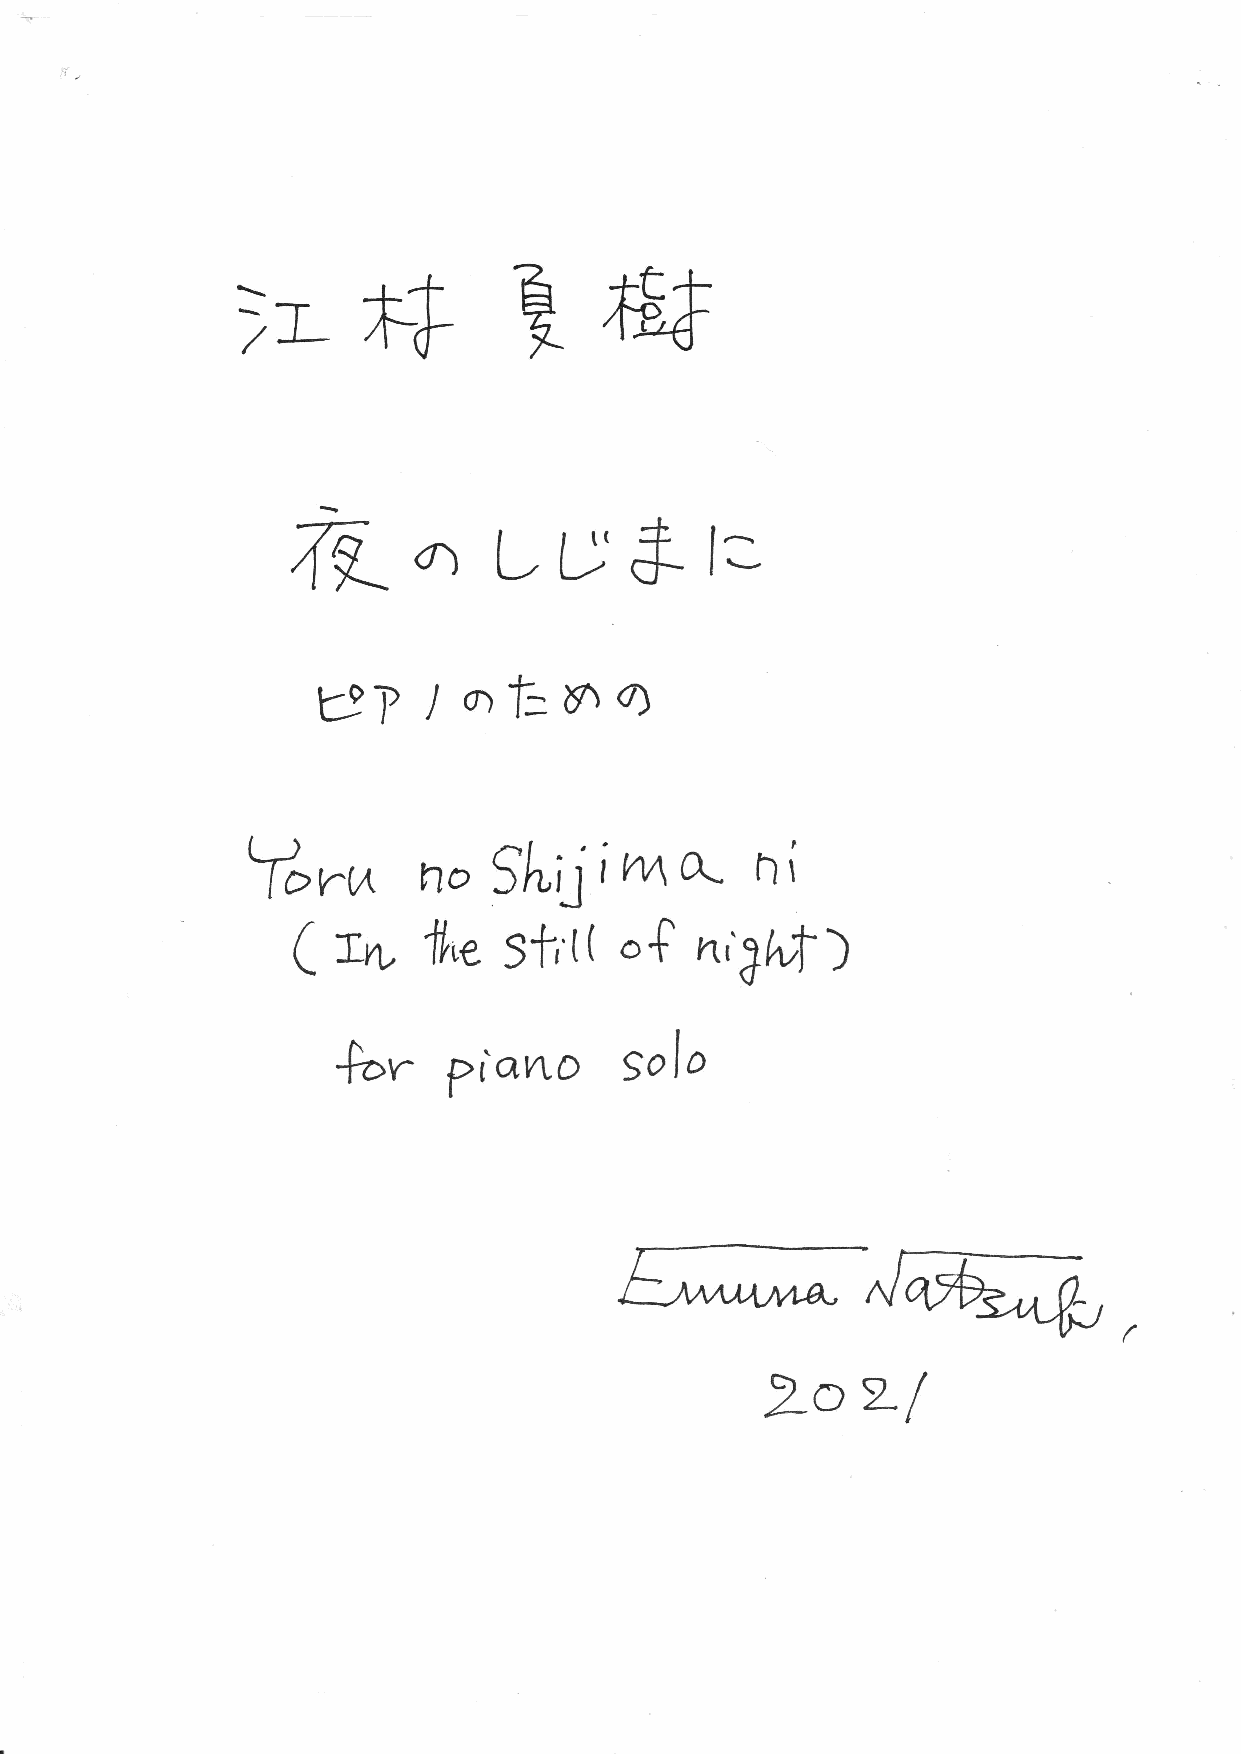
ガ
 洋         烹
 ヽ                       樹
 ■
 ヽ
 ／
 矛■の           しじよに
 アノのたいの
 L●
 にい
 %は
 no%Jiな
 1
 (耽       佐    s十   1(oギ    れ 惇け     )
 も   r  Pra7tD    sο    10
 ∠ 5面  石 葛  五 万 弓 J焉  弄
 ≡  葛   し
 覇    〆
 202/